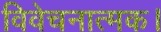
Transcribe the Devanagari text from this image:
विवेचनात्मक।